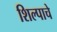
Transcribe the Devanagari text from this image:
शिल्पाचे